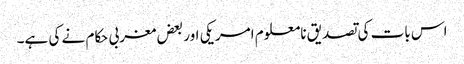
اس بات کی تصدیق نامعلوم امریکی اور بعض مغربی حکام نے کی ہے۔